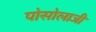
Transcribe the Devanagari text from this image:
पोसोलाजी